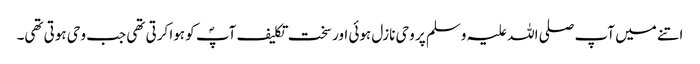
اتنے میں آپ صلی اللہ علیہ وسلم پر وحی نازل ہوئی اور سخت تکلیف آپؐ کو ہوا کرتی تھی جب وحی ہوتی تھی۔